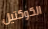
الكوكتيل